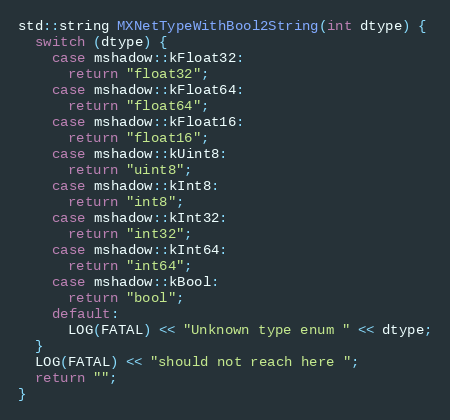
Language: C++
std::string MXNetTypeWithBool2String(int dtype) {
  switch (dtype) {
    case mshadow::kFloat32:
      return "float32";
    case mshadow::kFloat64:
      return "float64";
    case mshadow::kFloat16:
      return "float16";
    case mshadow::kUint8:
      return "uint8";
    case mshadow::kInt8:
      return "int8";
    case mshadow::kInt32:
      return "int32";
    case mshadow::kInt64:
      return "int64";
    case mshadow::kBool:
      return "bool";
    default:
      LOG(FATAL) << "Unknown type enum " << dtype;
  }
  LOG(FATAL) << "should not reach here ";
  return "";
}